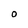
Character: O